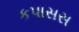
કપાસસ